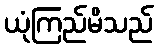
ယုံကြည်မိသည်